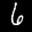
Label: 6